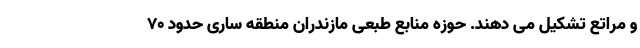
و مراتع تشکیل می دهند. حوزه منابع طبعی مازندران منطقه ساری حدود ۷۰